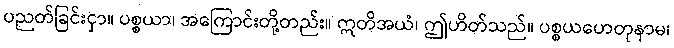
ပညတ်ခြင်းငှာ။ ပစ္စယာ၊ အကြောင်းတို့တည်း။ ဣတိအယံ၊ ဤဟိတ်သည်။ ပစ္စယဟေတုနာမ၊